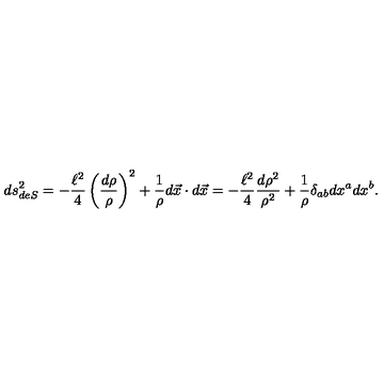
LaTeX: d s _ { d e S } ^ { 2 } = - { \frac { \ell ^ { 2 } } { 4 } } \left( { \frac { d \rho } { \rho } } \right) ^ { 2 } + { \frac { 1 } { \rho } } d \vec { x } \cdot d \vec { x } = - { \frac { \ell ^ { 2 } } { 4 } } { \frac { d \rho ^ { 2 } } { \rho ^ { 2 } } } + { \frac { 1 } { \rho } } \delta _ { a b } d x ^ { a } d x ^ { b } .